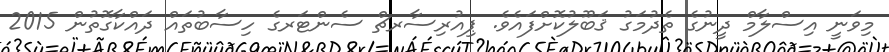
މިވަނީ އިސްލާމް ދީނުގެ ތެދުމަގު ޤަބޫލުކޮށްފައެވެ. ޕިއުރިސާރޗް ސެންޓަރގެ ހިސާބުތައް ދައްކާގޮތުން 2015